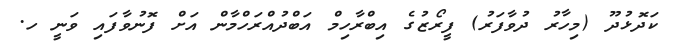
ކަދޮޅުދޫ (މިހާރު ދުވާފަރު) ފީރޯޒުގެ އިބްރާހިމް އަބްދުއްރަހްމާން އަށް ފޮނުވާފައި ވަނީ ހ.